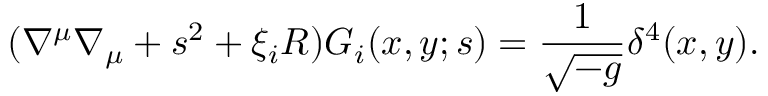
( \nabla ^ { \mu } \nabla _ { \mu } + s ^ { 2 } + \xi _ { i } R ) G _ { i } ( x , y ; s ) = \frac { 1 } { \sqrt { - g } } \delta ^ { 4 } ( x , y ) .